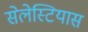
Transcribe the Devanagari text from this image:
सेलेस्टियास